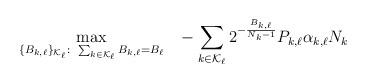
LaTeX: \begin{align*} \max_{\{B_{k,\ell}\}_{{\mathcal{K}_{\ell}}}:~\sum_{k\in \mathcal{K}_{\ell}} B_{k,\ell} = B_{\ell}} ~~-{\sum_{k\in \mathcal{K}_{\ell}} 2^{-\frac{B_{k,\ell}}{N_k-1}} P_{k,\ell} \alpha_{k,\ell}N_k}\end{align*}